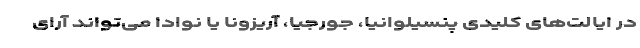
در ایالت‌های کلیدی پنسیلوانیا، جورجیا، آریزونا یا نوادا می‌تواند آرای